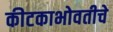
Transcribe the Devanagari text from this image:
कीटकाभोवतीचे